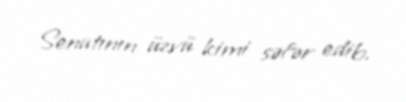
Senatının üzvü kimi səfər edib.